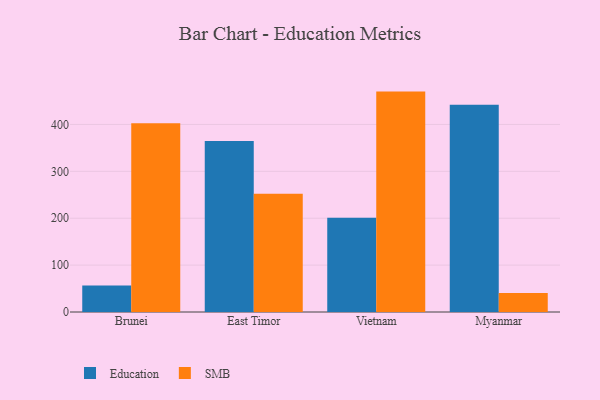
{"axis": {"x": "Country", "y": "Satisfaction Score"}, "legend": ["Education", "SMB"], "data": [{"x": "Brunei", "y": 56.6, "type": "Education"}, {"x": "Brunei", "y": 402.4, "type": "SMB"}, {"x": "East Timor", "y": 364.8, "type": "Education"}, {"x": "East Timor", "y": 252.3, "type": "SMB"}, {"x": "Vietnam", "y": 201.2, "type": "Education"}, {"x": "Vietnam", "y": 470.0, "type": "SMB"}, {"x": "Myanmar", "y": 441.8, "type": "Education"}, {"x": "Myanmar", "y": 40.5, "type": "SMB"}]}